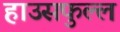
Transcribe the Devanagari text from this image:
हाउसफुल्ल